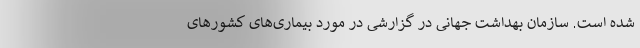
شده است. سازمان بهداشت جهانی در گزارشی در مورد بیماری‌های کشورهای